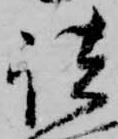
諸